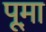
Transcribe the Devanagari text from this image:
पूम़ा